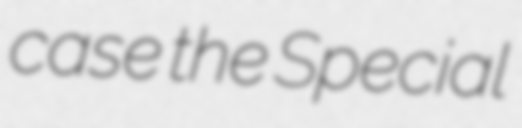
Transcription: case the Special